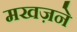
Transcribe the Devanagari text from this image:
मखज़ने